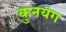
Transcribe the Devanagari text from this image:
कुनयंग